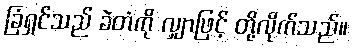
ခြံရှင်သည် ခဲတံကို လျှာဖြင့် တို့လိုက်သည်။